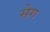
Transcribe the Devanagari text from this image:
सेग